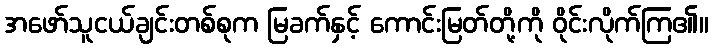
အဖော်သူငယ်ချင်းတစ်စုက မြခက်နှင့် ကောင်းမြတ်တို့ကို ဝိုင်းလိုက်ကြ၏။